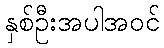
နှစ်ဦးအပါအဝင်